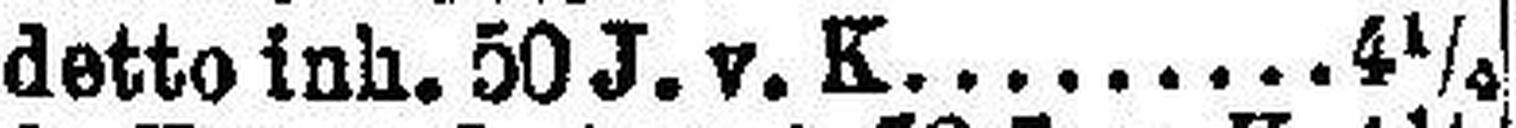
detto inh. 50 J. v. K. 4½